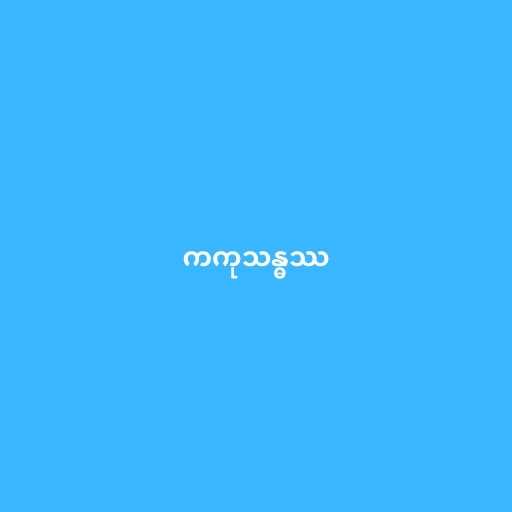
ကကုသန္ဓဿ